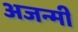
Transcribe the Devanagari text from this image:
अजन्मी